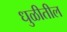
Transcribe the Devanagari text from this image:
धुळीतील